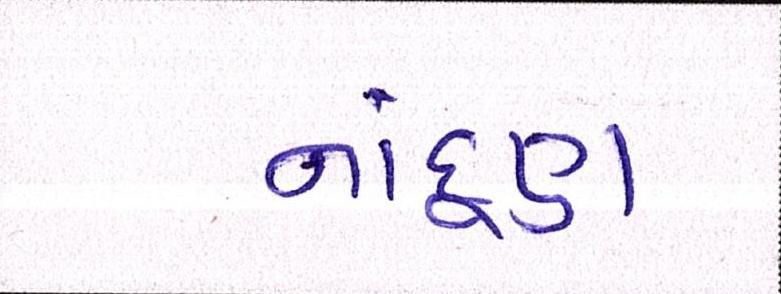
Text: નાંદૂણ